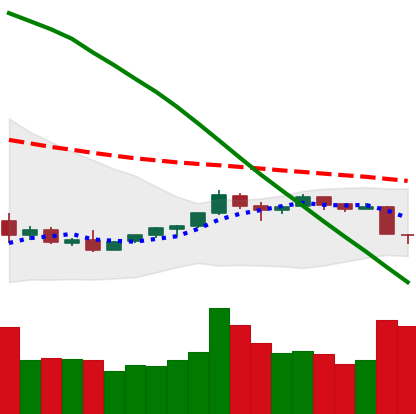
Ticker: TRX-USD
Chart end date: 2018-09-06
Forward return: -13.708%
Label: down_7plus